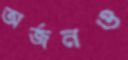
অর্জনও